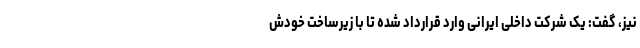
نیز، گفت: یک شرکت داخلی ایرانی وارد قرارداد شده تا با زیرساخت خودش